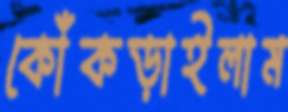
কোঁকড়াইলাম